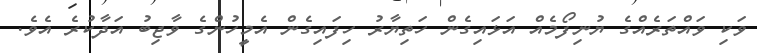
ވަކި ވައްތަރެއްގެ ޔުނިފޯމެއް އަޅައިގެން ހަތިޔާރު ހިފައިގެން އެމީހުންގެ ވާޖިބު އަދާކުރެ އެވެ.